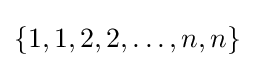
{\textstyle \{1,1,2,2,\ldots ,n,n\}}